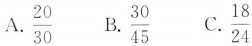
A. \frac{20}{30} B. \frac{30}{45} C. \frac{18}{24}